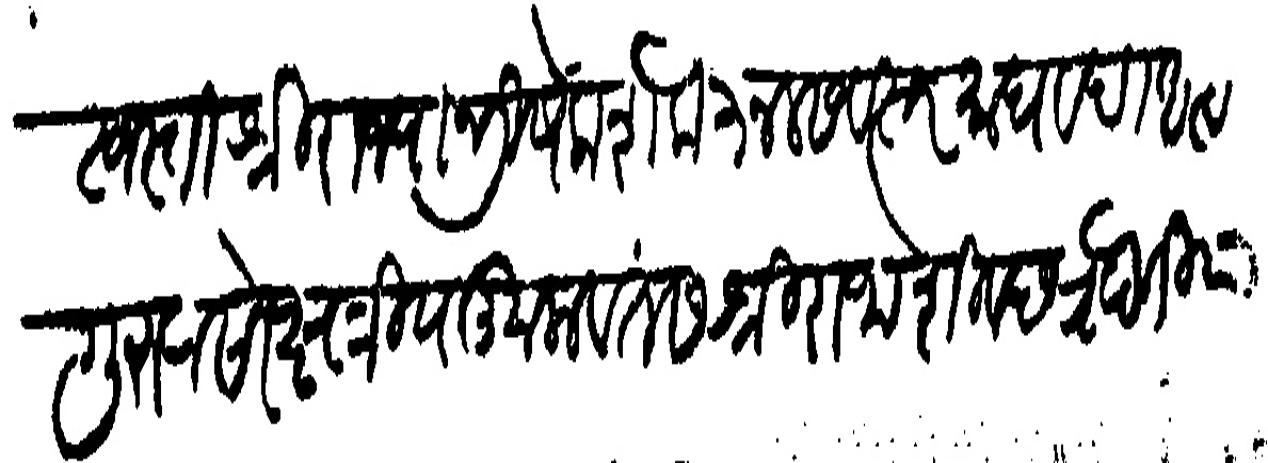
Transliteration (Devanagari): स्वस्तीश्री राज्याभिषेक शक ३ नलसंवत्सर माघ १६७७ वदी अस्टमी गुरुवासरे क्षत्रिय कुलवंतस श्री राजा शिवछत्रपती याणी